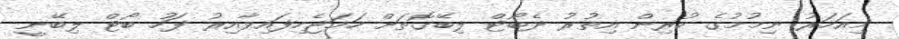
މިއަހަރު ނިމުމުގެ ކުރިން އިތުރު ދެބޯޓް ލިބޭގޮތަށް ހަމަޖެހިފައިވާއިރު ފަހު ބޯޓް ލިބޭނީ